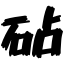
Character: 砧